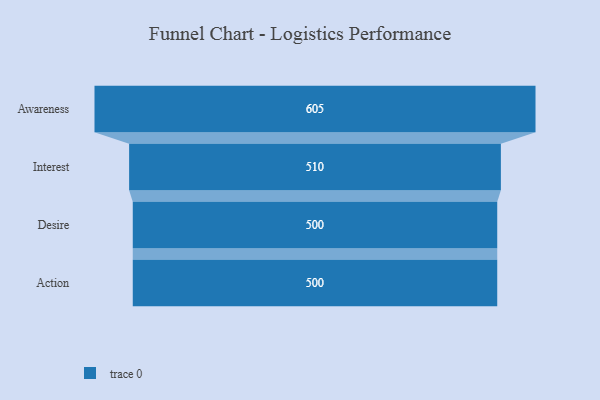
{"axis": {"x": "Stage", "y": "Value"}, "legend": [""], "data": [{"x": "Awareness", "y": 605.0, "type": ""}, {"x": "Interest", "y": 510.0, "type": ""}, {"x": "Desire", "y": 500, "type": ""}, {"x": "Action", "y": 500, "type": ""}]}